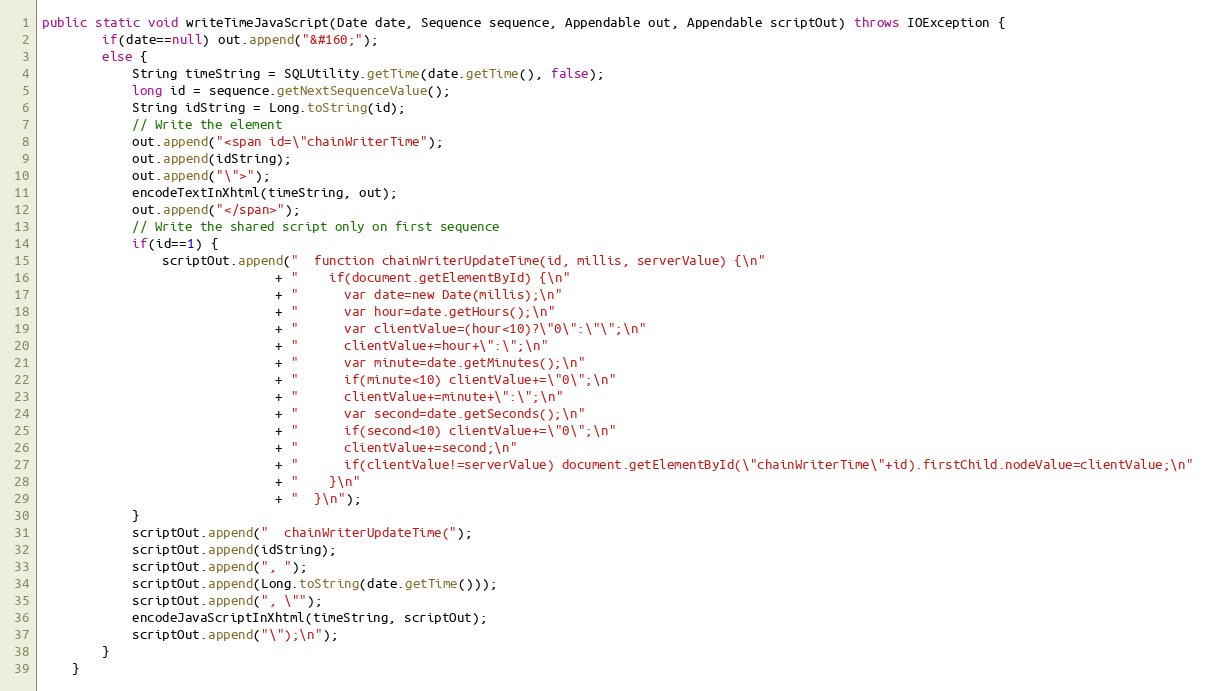
Language: Java
public static void writeTimeJavaScript(Date date, Sequence sequence, Appendable out, Appendable scriptOut) throws IOException {
		if(date==null) out.append("&#160;");
		else {
			String timeString = SQLUtility.getTime(date.getTime(), false);
			long id = sequence.getNextSequenceValue();
			String idString = Long.toString(id);
			// Write the element
			out.append("<span id=\"chainWriterTime");
			out.append(idString);
			out.append("\">");
			encodeTextInXhtml(timeString, out);
			out.append("</span>");
			// Write the shared script only on first sequence
			if(id==1) {
				scriptOut.append("  function chainWriterUpdateTime(id, millis, serverValue) {\n"
							   + "    if(document.getElementById) {\n"
							   + "      var date=new Date(millis);\n"
							   + "      var hour=date.getHours();\n"
							   + "      var clientValue=(hour<10)?\"0\":\"\";\n"
							   + "      clientValue+=hour+\":\";\n"
							   + "      var minute=date.getMinutes();\n"
							   + "      if(minute<10) clientValue+=\"0\";\n"
							   + "      clientValue+=minute+\":\";\n"
							   + "      var second=date.getSeconds();\n"
							   + "      if(second<10) clientValue+=\"0\";\n"
							   + "      clientValue+=second;\n"
							   + "      if(clientValue!=serverValue) document.getElementById(\"chainWriterTime\"+id).firstChild.nodeValue=clientValue;\n"
							   + "    }\n"
							   + "  }\n");
			}
			scriptOut.append("  chainWriterUpdateTime(");
			scriptOut.append(idString);
			scriptOut.append(", ");
			scriptOut.append(Long.toString(date.getTime()));
			scriptOut.append(", \"");
			encodeJavaScriptInXhtml(timeString, scriptOut);
			scriptOut.append("\");\n");
		}
	}